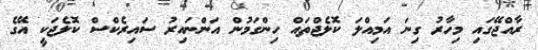
ރާއްޖޭގައި މިހާރު ގިނަ އަމިއްލަ ކޮލެޖްތައް ހިންގަމުން އަންނައިރު ސައިރެކްސް ކޮލެޖަކީ އޭގެ